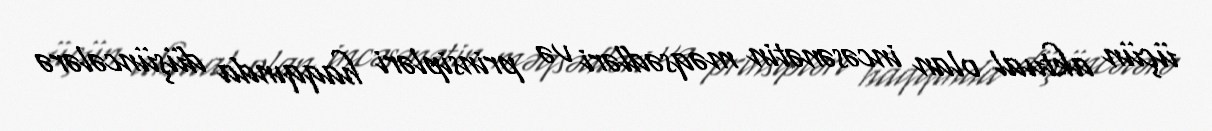
üçün aktual olan incəsənətin məqsədləri və prinsipləri haqqında düşüncələrə